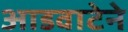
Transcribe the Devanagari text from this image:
आडवाटेने